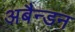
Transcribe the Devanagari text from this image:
अबैन्डन